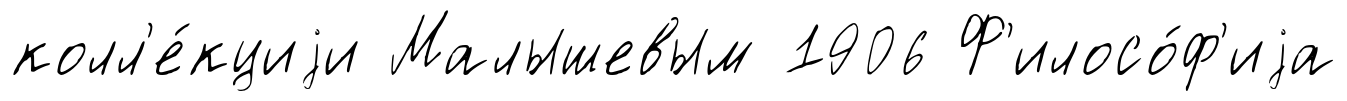
колл'е́кциjи Малышевым 1906 Ф'илосо́ф'иjа